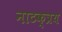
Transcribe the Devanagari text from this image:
नाटक्त्रय